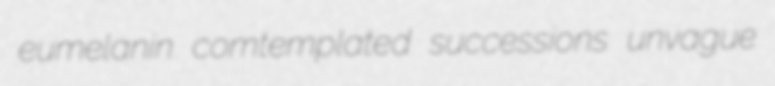
eumelanin comtemplated successions unvague